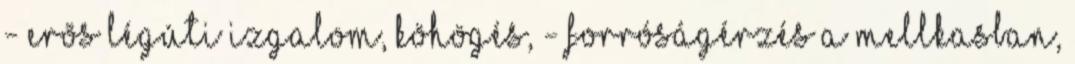
- erõs légúti izgalom, köhögés, - forróságérzés a mellkasban,